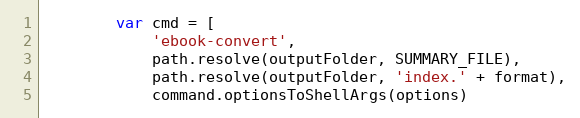
Language: JavaScript
        var cmd = [
            'ebook-convert',
            path.resolve(outputFolder, SUMMARY_FILE),
            path.resolve(outputFolder, 'index.' + format),
            command.optionsToShellArgs(options)